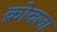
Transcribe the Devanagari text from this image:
क्रोवला